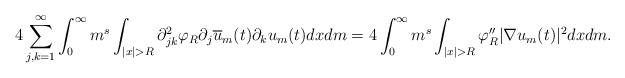
LaTeX: \begin{align*}4\sum_{j,k=1}^\infty \int_0^\infty m^s \int_{|x|>R} \partial^2_{jk} \varphi_R \partial_j \overline{u}_m(t) \partial_k u_m(t) dx dm = 4\int_0^\infty m^s \int_{|x|>R} \varphi''_R |\nabla u_m(t)|^2 dx dm.\end{align*}